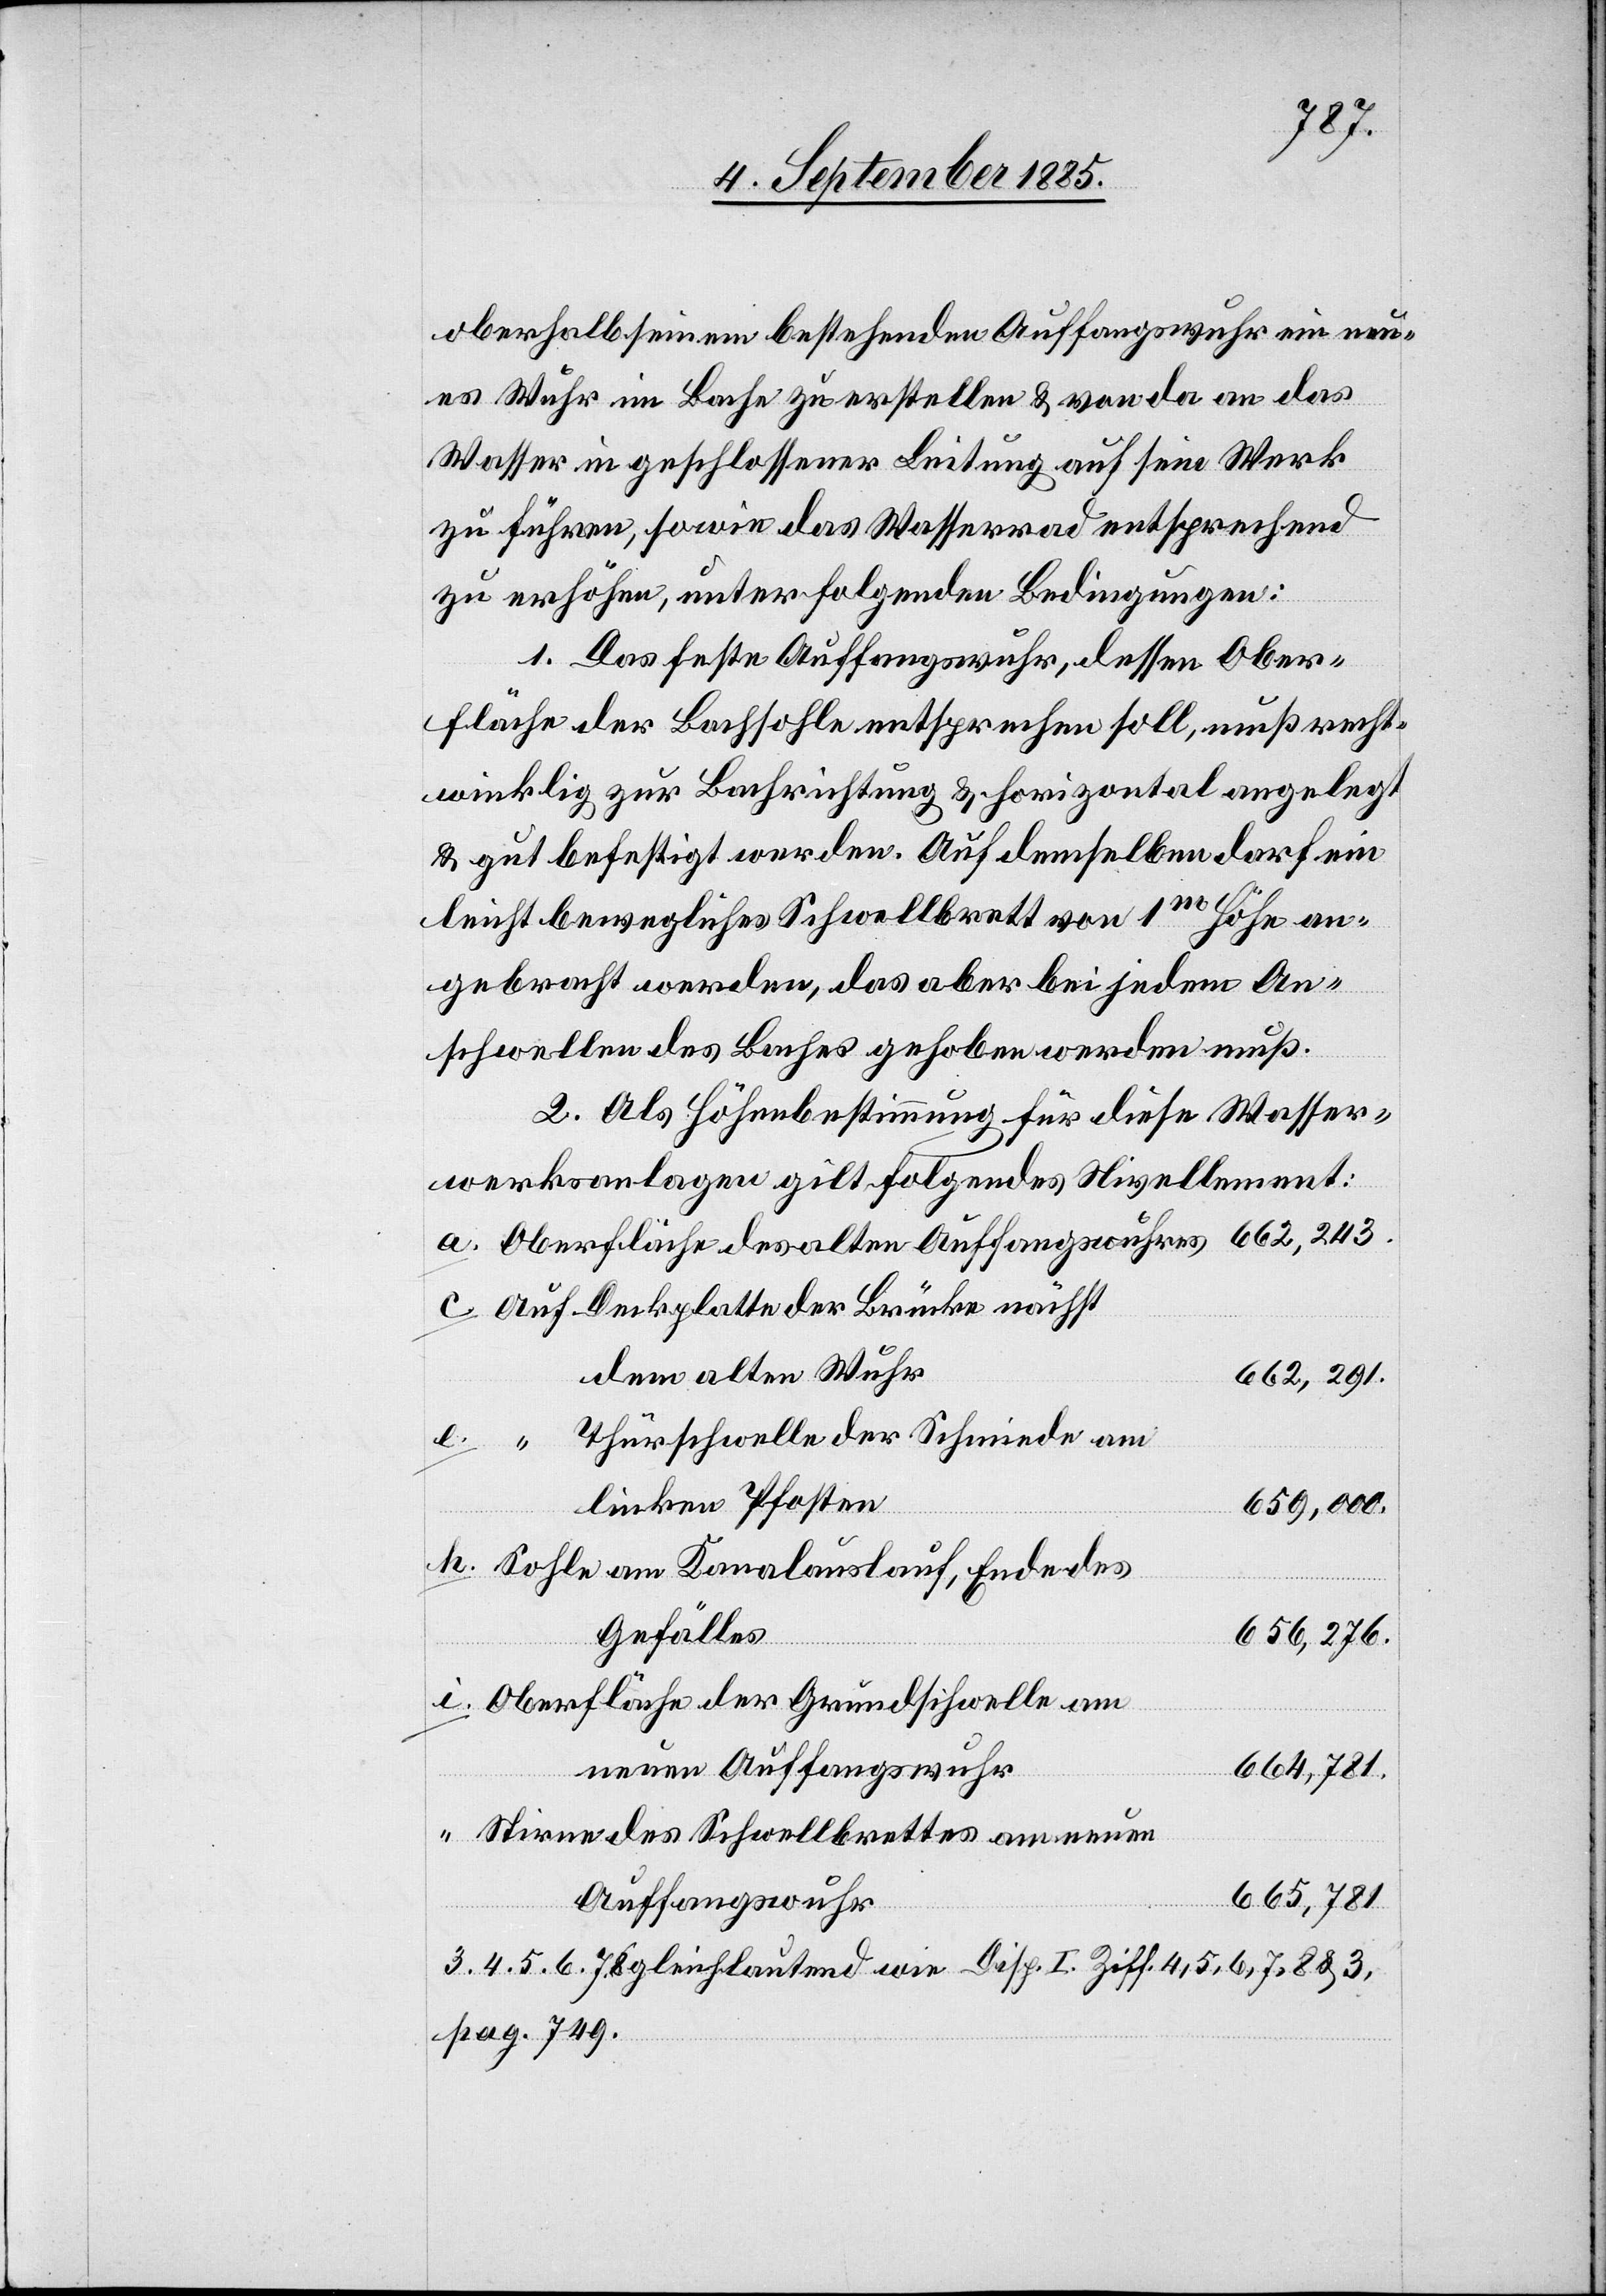
oberhalb seinem bestehenden Auffangswuhr ein neu¬
es Wuhr im Bache zu erstellen & von da an das
Wasser in geschlossener Leitung auf sein Werk
zu führen, sowie das Wasserrad entsprechend
zu erhöhen, unter folgenden Bedingungen:
1. Das feste Auffangswuhr, dessen Ober¬
fläche der Bachsohle entsprechen soll, muß recht¬
winklig zur Bachrichtung & horizontal angelegt
& gut befestigt werden. Auf demselben darf ein
leicht bewegliches Schwellbrett von 1m Höhe an¬
gebracht werden, das aber bei jedem An¬
schwellen des Baches gehoben werden muß.
2. Als Höhenbestimmung für diese Wasser¬
werksanlage gilt folgendes Nivellement:
Deckplatte der Brücke nächst
dem alten Wuhr
662,291.
Thürschwelle der Schmiede am
linken Pfosten
659,000.
Sohle am Kanalauslauf, Ende des
Gefälles
656,276.
Oberfläche der Grundschwelle am
neuen Auffangswuhr
664,781.
Stirne des Schwellbrettes am neuen
665,781.
Auffangswuhr
alten
3. 4. 5. 6. 7. 8. gleichlautend wie Disp. I. Ziff. 4, 5, 6, 7, & 3,
pag. 749.